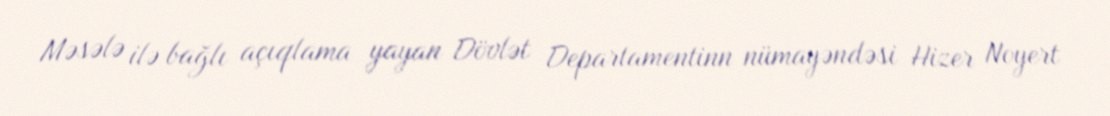
Məsələ ilə bağlı açıqlama yayan Dövlət Departamentinn nümayəndəsi Hizer Noyert